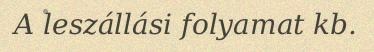
A leszállási folyamat kb.